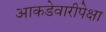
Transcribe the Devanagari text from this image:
आकडेवारीपेक्षा